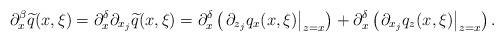
LaTeX: \begin{align*} \partial_{x}^\beta\widetilde{q}(x,\xi)=\partial_{x}^\delta\partial_{x_j}\widetilde{q}(x,\xi) =\partial_{x}^\delta\left(\left.\partial_{z_j} q_{x}(x,\xi)\right|_{z=x}\right)+\partial_{x}^\delta\left(\left.\partial_{x_j}{q_{z}}(x,\xi)\right|_{z=x}\right) .\end{align*}